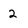
Character: 2